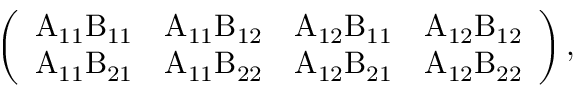
\left( \begin{array} { l l l l } { \mathrm { A _ { 1 1 } B _ { 1 1 } } } & { \mathrm { A _ { 1 1 } B _ { 1 2 } } } & { \mathrm { A _ { 1 2 } B _ { 1 1 } } } & { \mathrm { A _ { 1 2 } B _ { 1 2 } } } \\ { \mathrm { A _ { 1 1 } B _ { 2 1 } } } & { \mathrm { A _ { 1 1 } B _ { 2 2 } } } & { \mathrm { A _ { 1 2 } B _ { 2 1 } } } & { \mathrm { A _ { 1 2 } B _ { 2 2 } } } \end{array} \right) ,